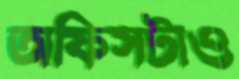
অফিসটাও